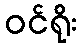
ဝင်ရိုး